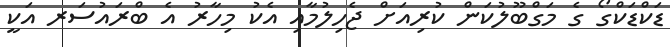
ޑަކްޑަކްގޯ ގެ މަގްބޫލުކަން ކުރިއަށް ޖެހިލުމާއި އެކު މިހާރު އެ ބްރައުސަރ އަކީ